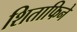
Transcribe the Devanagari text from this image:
शिताफिने